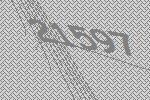
21597